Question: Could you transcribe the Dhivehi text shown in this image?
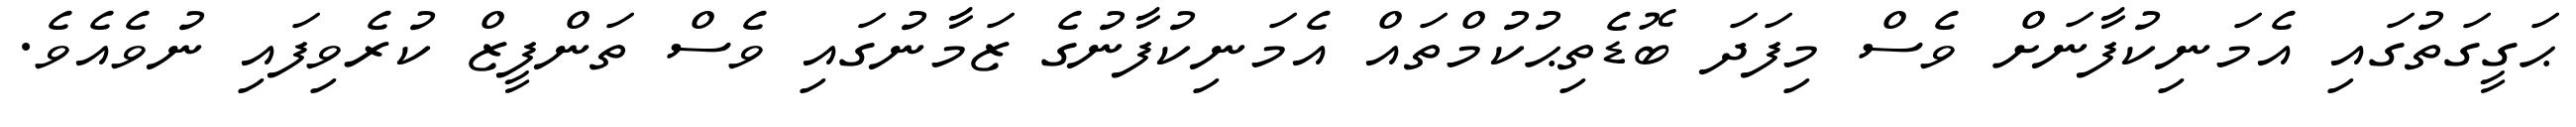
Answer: ޙަގީގަތުގައި އެމަނިކުފާނަށް ވެސް މިފަދަ ބޮޑެތިޙުކުމްތައް އެމަނިކުފާނުގެ ޒަމާނުގައި ވެސް ތަންފީޒް ކުރެވިފައި ނުވެއެވެ.